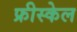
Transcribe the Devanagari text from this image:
फ्रीस्केल